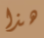
هذا